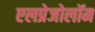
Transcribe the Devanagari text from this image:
एलप्रेजोलॉम